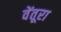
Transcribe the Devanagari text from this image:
वेंतूरा